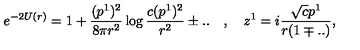
e ^ { - 2 U ( r ) } = 1 + { \frac { ( p ^ { 1 } ) ^ { 2 } } { 8 \pi r ^ { 2 } } } \log { \frac { c ( p ^ { 1 } ) ^ { 2 } } { r ^ { 2 } } } \pm . . \quad , \quad z ^ { 1 } = i { \frac { \sqrt { c } p ^ { 1 } } { r ( 1 \mp . . ) } } ,